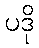
ပဒို